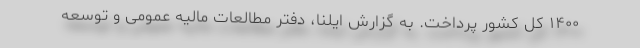
۱۴۰۰ کل کشور پرداخت. به گزارش ایلنا، دفتر مطالعات مالیه عمومی و توسعه